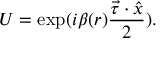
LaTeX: U = \exp ( i \beta ( r ) \frac { \vec { \tau } \cdot \hat { x } } { 2 } ) .